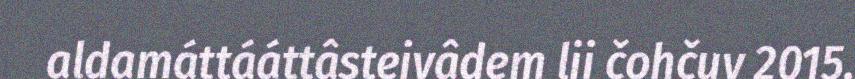
aldamáttááttâsteivâdem lii čohčuv 2015.